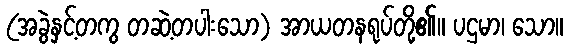
(အခွဲနှင့်တကွ တဆဲ့တပါးသော) အာယတနရုပ်တို့၏။ ပဌမာ၊ သော။